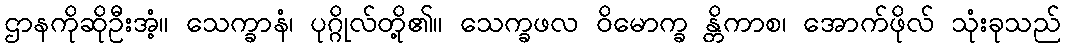
ဌာနကိုဆိုဦးအံ့။ သေက္ခာနံ၊ ပုဂ္ဂိုလ်တို့၏။ သေက္ခဖလ ဝိမောက္ခ န္တိကာစ၊ အောက်ဖိုလ် သုံးခုသည်